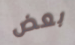
بعض